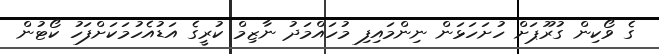
ގެ ވޯކިން ގުރޫޕަށް ހުށަހަޅަން ނިންމައިފި މުހައްމަދު ނާޒިމް ކުރީގެ އަޑުއެހުމަކަށްފަހު ކޯޓުން